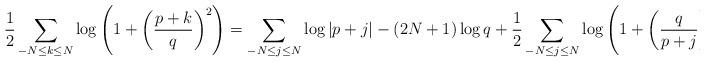
LaTeX: \begin{align*}\frac{1}{2} \sum_{ - N \leq k \leq N } \log\left( 1 + \left(\frac{ p + k }{q} \right)^2 \right) = \sum_{ -N \leq j \leq N } \log | p + j| -(2N+1) \log q + \frac{1}{2} \sum_{ -N \leq j \leq N } \log \left( 1 + \left( \frac{ q}{ p + j} \right)^2 \right).\end{align*}